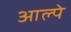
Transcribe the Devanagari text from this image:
आल्पे